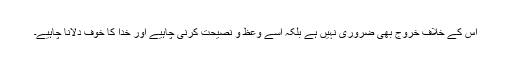
اس کے خلاف خروج بھی ضروری نہیں ہے بلکہ اسے وعظ و نصیحت کرنی چاہیے اور خدا کا خوف دلانا چاہیے۔